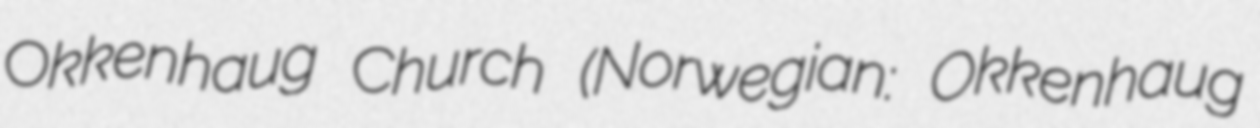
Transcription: Okkenhaug Church (Norwegian: Okkenhaug